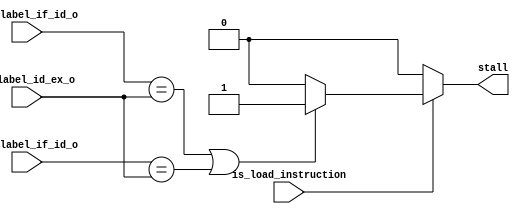
module hazard_detection_unit(
    input is_load_instruction,
    input [4:0] rd_label_id_ex_o,
    input [4:0] rs1_label_if_id_o,
    input [4:0] rs2_label_if_id_o,   
    output reg stall
);


initial begin
    stall <= 1'b0;
end

always @(*) begin

    if(is_load_instruction)
        begin
            if ((rs1_label_if_id_o == rd_label_id_ex_o) || (rs2_label_if_id_o == rd_label_id_ex_o)) begin
                stall = 1'b1;
            end
            else begin
                stall = 1'b0;
            end
          
        end
    else begin
        stall = 1'b0;
        end

end

endmodule